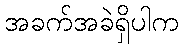
အခက်အခဲရှိပါက